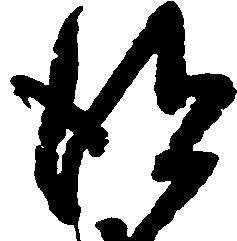
得